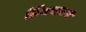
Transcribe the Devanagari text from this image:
डिंबजनन